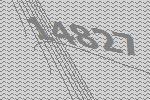
14827